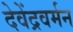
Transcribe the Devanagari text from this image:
देवेंद्रवर्मन